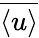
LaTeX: \overline{{\langle u\rangle}}